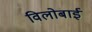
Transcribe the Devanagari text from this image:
विलोबाई